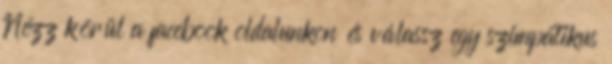
Nézz körül a facebook oldalunkon és válassz egy szimpatikus